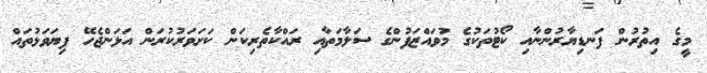
މީގެ އިތުރުން ފަނޑިޔާރުންނާއި ކޯޓުތަކުގެ މުވައްޒަފުންގެ ސަލާމަތާއި ރައްކާތެރިކަން ކަށަވަރުކުރަން އަޅަންޖެހޭ ފިޔަވަޅުތައް